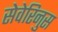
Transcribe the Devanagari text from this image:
सेवेरिनुस